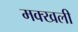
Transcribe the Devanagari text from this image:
मक्खली